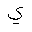
Letter: _ya